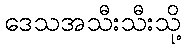
ဒေသအသီးသီးသို့